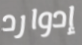
إدوارد